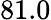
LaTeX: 81.0